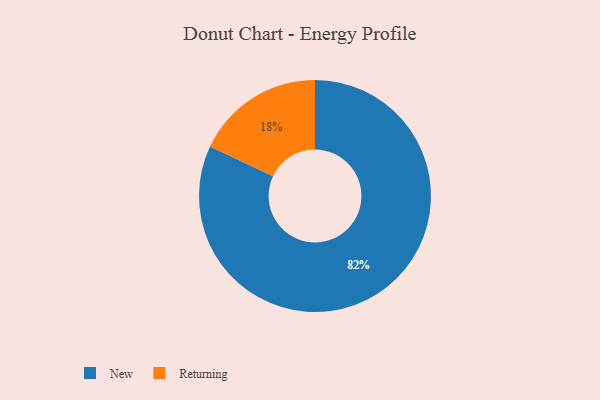
{"axis": {"x": "Category", "y": "Percentage"}, "legend": ["New", "Returning"], "data": [{"x": "New", "y": 82, "type": "New"}, {"x": "Returning", "y": 18, "type": "Returning"}]}